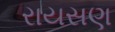
રાયસણ